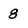
Character: 8